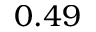
0 . 4 9